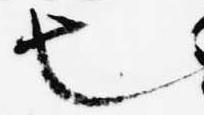
也